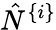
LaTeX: \hat{N}^{\{ i\} }